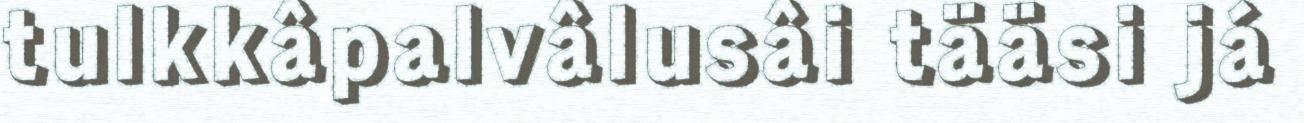
tulkkâpalvâlusâi tääsi já